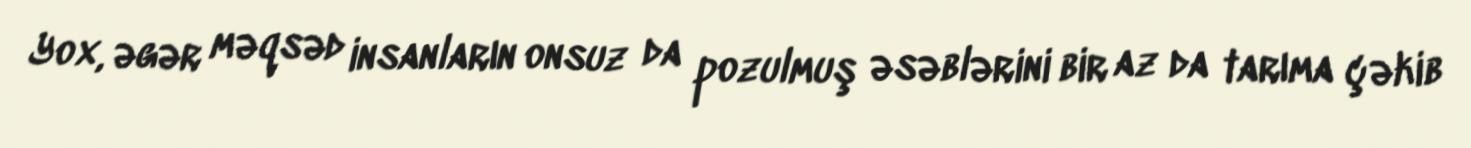
Yox, əgər məqsəd insanların onsuz da pozulmuş əsəblərini bir az da tarıma çəkib